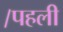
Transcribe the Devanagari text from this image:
।पहली